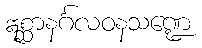
ဣစ္ဆာနင်္ဂလဝနသဏ္ဍေ